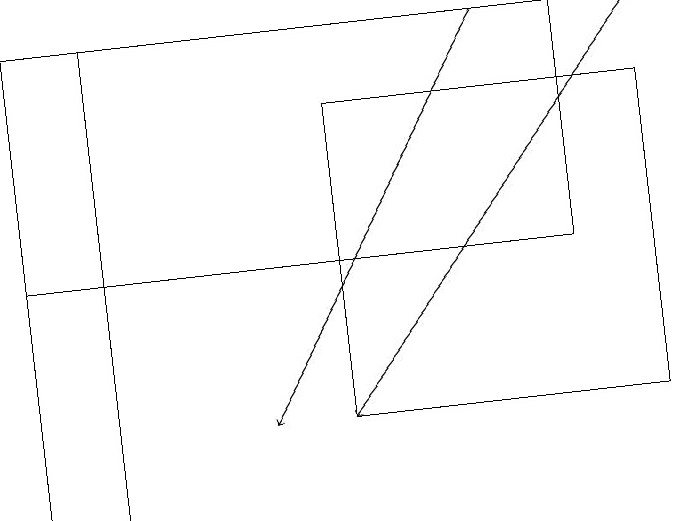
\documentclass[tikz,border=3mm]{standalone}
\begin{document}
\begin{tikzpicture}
\draw[->] (8,19) -- (4,14);
\draw (8,14) rectangle (4,18);
\draw (5,16) rectangle (7,16);
\draw[->] (6,19) -- (3,14);
\draw (7,16) rectangle (0,19);
\draw (1,19) rectangle (0,13);
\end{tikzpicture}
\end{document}